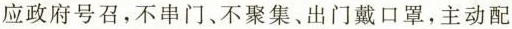
应政府号召，不串门、不聚集、出门戴口罩，主动配